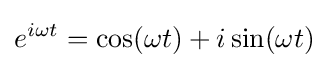
e^{i\omega t}=\cos(\omega t)+i\sin(\omega t)